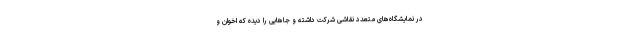
در نمایشگاه‌های متعدد نقاشی شرکت داشته و جاهایی را دیده که اخوان و